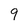
Character: 9